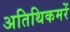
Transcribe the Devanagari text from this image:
अतिथिकमरें